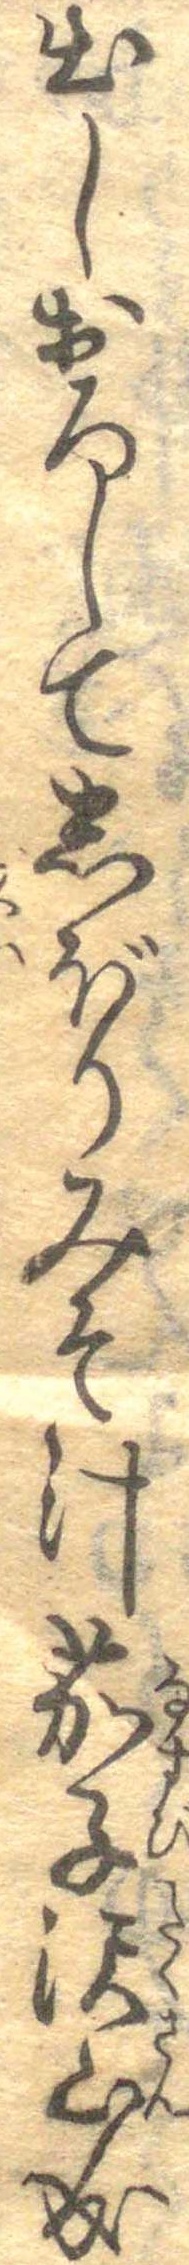
出しおろしてしぼりみそ汁茄子沢山成